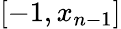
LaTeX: [-1,x_{n-1}]